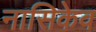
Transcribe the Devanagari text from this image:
नासिकेव